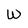
Character: W